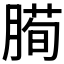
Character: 𰯅